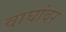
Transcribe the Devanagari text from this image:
वाघांवर